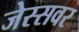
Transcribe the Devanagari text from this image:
जेस्सवर